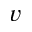
v